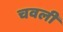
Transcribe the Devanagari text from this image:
चवली